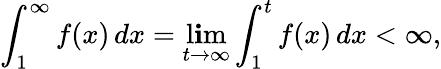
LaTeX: \int_{1}^{\infty}f(x)\, dx=\operatorname*{l\mathbf{i}m}_{t\to\infty}\int_{1}^{t}f(x)\, dx<\infty,